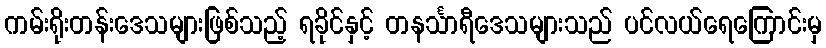
ကမ်းရိုးတန်းဒေသများဖြစ်သည့် ရခိုင်နှင့် တနင်္သာရီဒေသများသည် ပင်လယ်ရေကြောင်းမှ